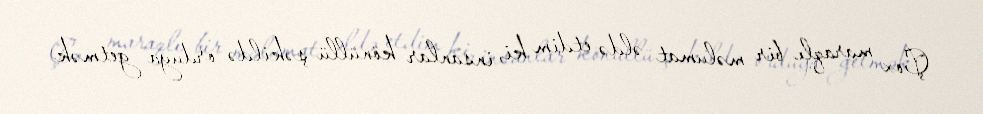
Çox maraqlı bir məlumat əldə etdim ki, insanlar könüllü şəkildə orduya getmək